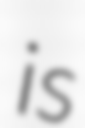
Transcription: is